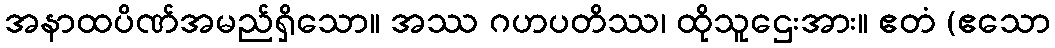
အနာထပိဏ်အမည်ရှိသော။ အဿ ဂဟပတိဿ၊ ထိုသူဌေးအား။ ဧတံ (ဧသော